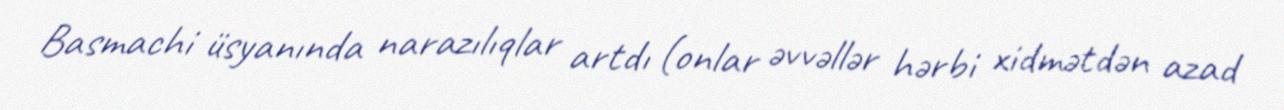
Basmachi üsyanında narazılıqlar artdı (onlar əvvəllər hərbi xidmətdən azad